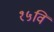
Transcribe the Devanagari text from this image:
१५वि